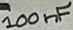
Text: 100nF